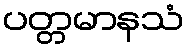
ပတ္တမာနသံ